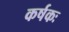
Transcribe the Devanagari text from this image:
कर्षकः